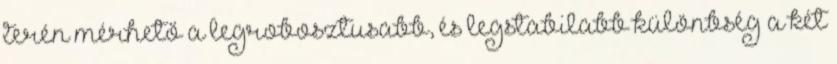
terén mérhető a legrobosztusabb, és legstabilabb különbség a két